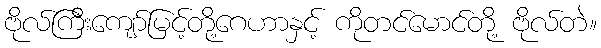
ဗိုလ်ကြီးကျော်မြင့်တို့ဂေဟာနှင့် ကိုတင်မောင်တို့ ဗိုလ်တဲ။